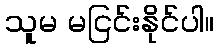
သူမ မငြင်းနိုင်ပါ။